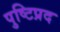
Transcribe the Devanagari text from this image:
पुष्टिप्रद